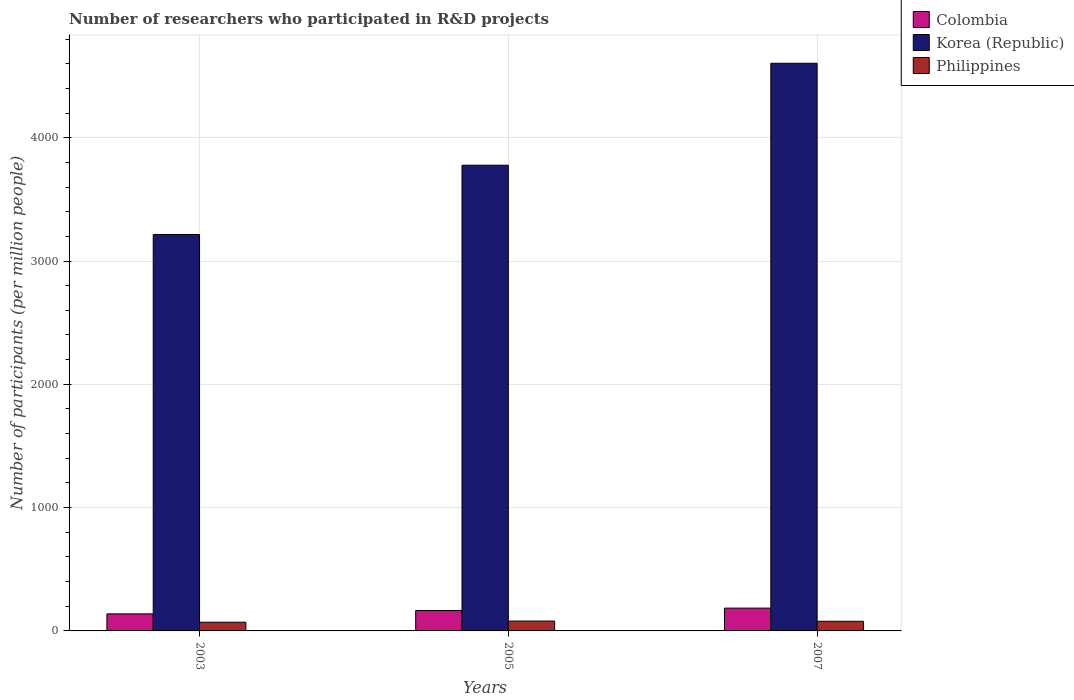
| Years | Colombia | Korea (Republic) | Philippines |
 | --- | --- | --- | --- |
 | 2003 | 138 | 3.22e+03 | 70.6 |
 | 2005 | 165 | 3.78e+03 | 80.1 |
 | 2007 | 185 | 4.6e+03 | 78.2 |